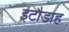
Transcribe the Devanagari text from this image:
इटौडाह